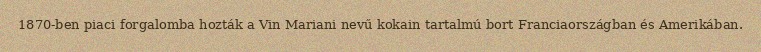
1870-ben piaci forgalomba hozták a Vin Mariani nevű kokain tartalmú bort Franciaországban és Amerikában.